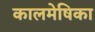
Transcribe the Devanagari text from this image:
कालमेषिका